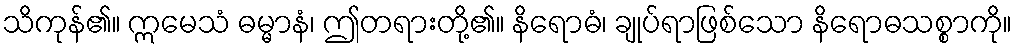
သိကုန်၏။ ဣမေသံ ဓမ္မာနံ၊ ဤတရားတို့၏။ နိရောဓံ၊ ချုပ်ရာဖြစ်သော နိရောဓသစ္စာကို။